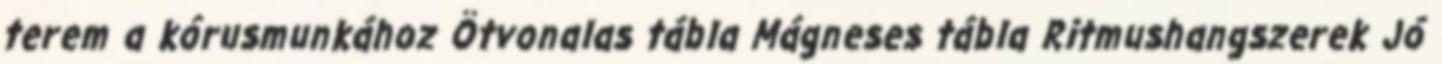
terem a kórusmunkához Ötvonalas tábla Mágneses tábla Ritmushangszerek Jó